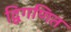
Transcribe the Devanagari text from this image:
द्विगणित